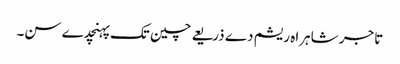
تاجر شاہراہ ریشم دے ذریعے چین تک پہنچدے سن۔